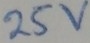
Text: 25V